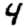
Digit: 4